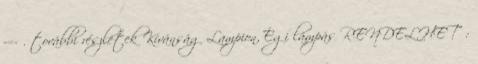
-=- . további részletek Kívánság Lampion, Égi lámpás RENDELHETŐ: